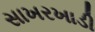
સાખરખાડી